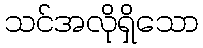
သင်အလိုရှိသော